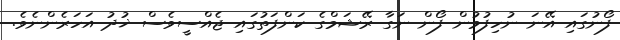
ފޯނުގައި އޭނަ ނުހިފުމުން ފޯން ނަގާ ރޭޝަމްގެ ކަންފަތުގައި ޖެއްސީވެސް ޚުދު އަހަރެންނެވެ.